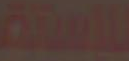
للاستلق